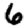
Digit: 6